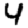
Digit: 4